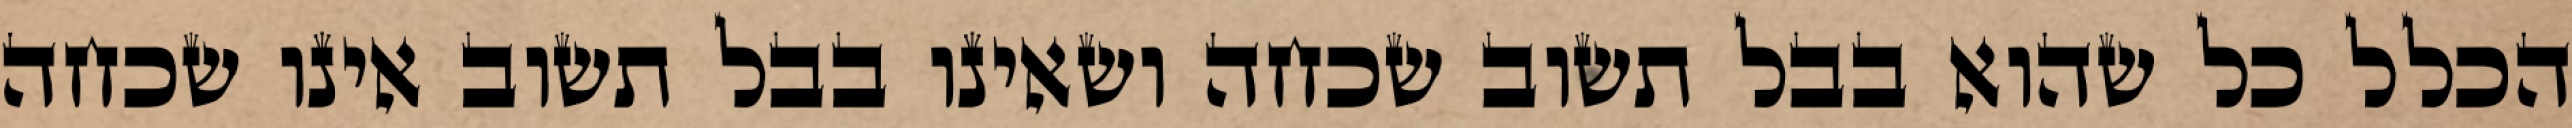
הכלל כל שהוא בבל תשוב שכחה ושאינו בבל תשוב אינו שכחה